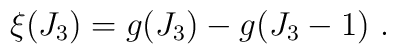
\xi(J_3) = g(J_3)-g(J_3 - 1) ~.